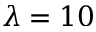
\lambda = 1 0